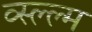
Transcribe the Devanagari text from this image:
व्स्ल्ल्म